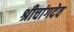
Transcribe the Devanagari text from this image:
श्रीचांगदेव